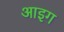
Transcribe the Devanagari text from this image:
आइग